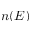
n ( E )